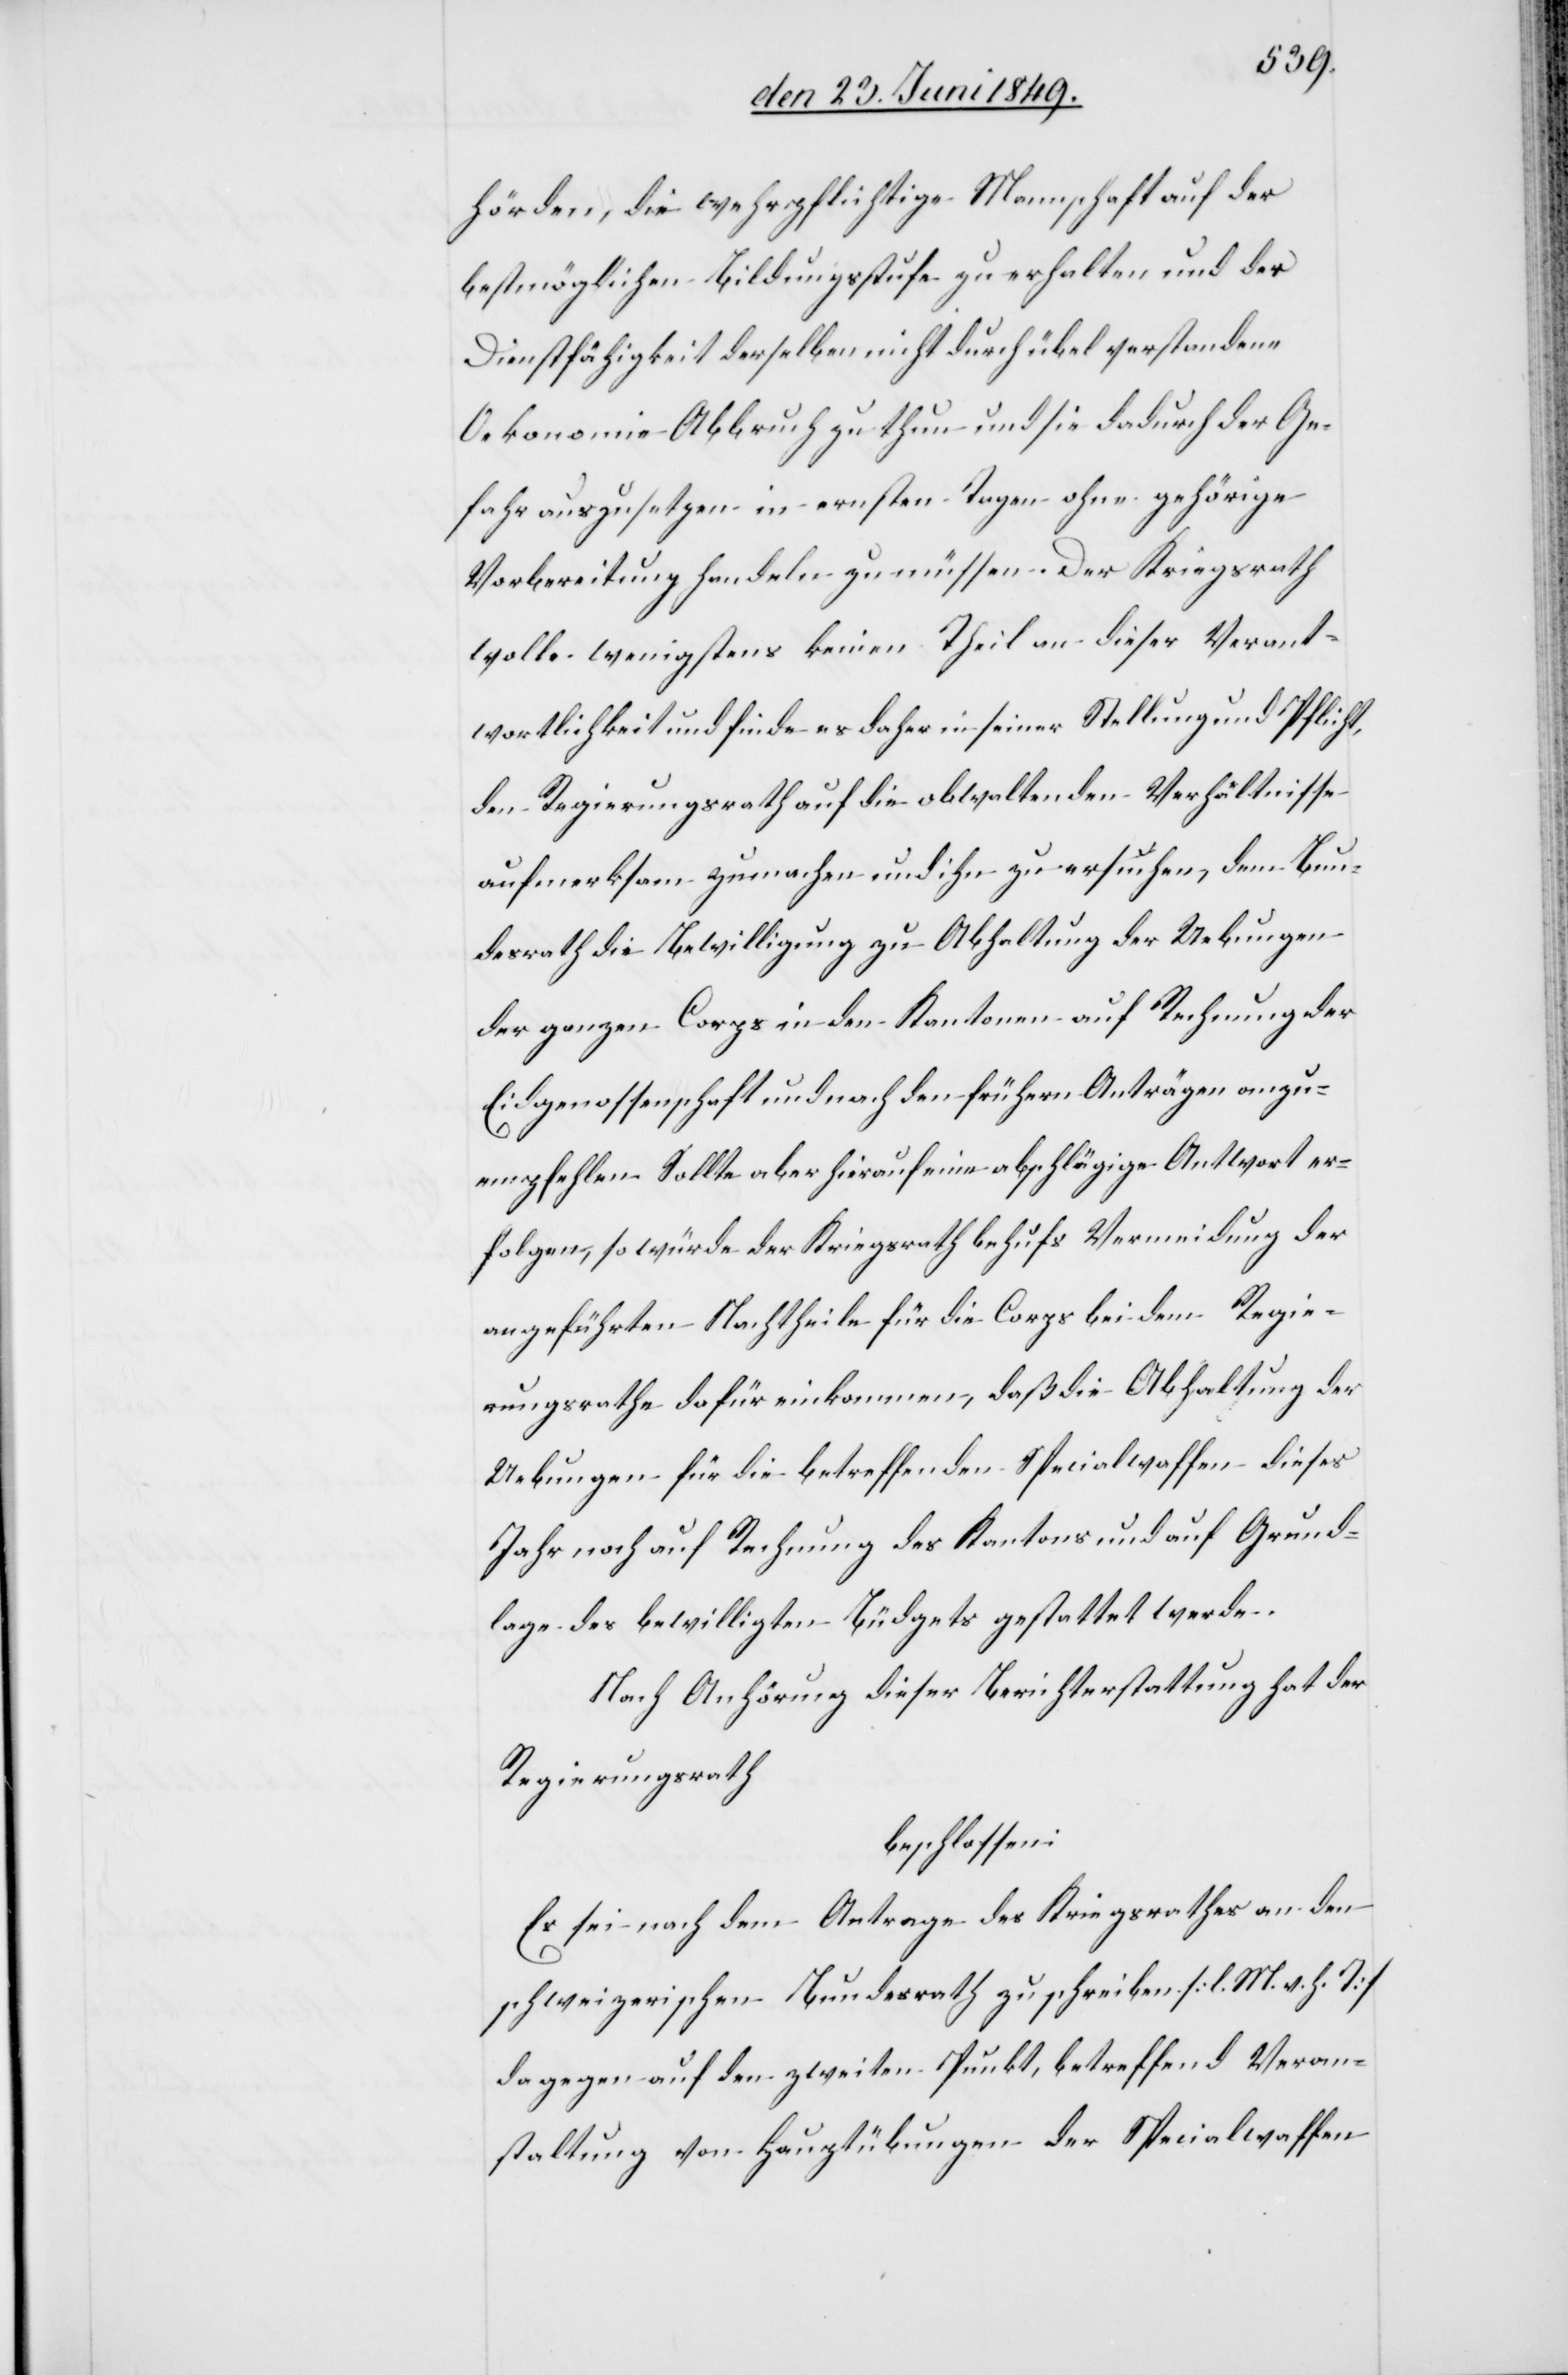
hörden, die wehrpflichtige Mannschaft auf der
bestmöglichen Bildungsstufe zu erhalten und der
Dienstfähigkeit derselben nicht durch übel verstandene
Oekonomie Abbruch zu thun und sie dadurch der Ge¬
fahr auszusetzen in ernsten Tagen ohne gehörige
Vorbereitung handeln zu müssen. Der Kriegsrath
wolle wenigstens keinen Theil an dieser Verant¬
wortlichkeit und finde es daher in seiner Stellung und Pflicht,
den Regierungsrath auf die obwaltenden Verhältnisse
aufmerksam zu machen und ihn zu ersuchen, dem Bun¬
desrath die Bewilligung zu Abhaltung der Uebungen
der ganzen Corps in den Kantonen auf Rechnung der
Eidgenossenschaft und nach den frühern Anträgen anzu¬
empfehlen. Sollte aber hierauf eine abschlägige Antwort er¬
folgen, so würde der Kriegsrath behufs Vermeidung der
angeführten Nachtheile für die Corps bei dem Regie¬
rungsrathe dafür einkommen, daß die Abhaltung der
Uebungen für die betreffenden Specialwaffen dieses
Jahr noch auf Rechnung des Kantons und auf Grund¬
lage des bewilligten Büdgets gestattet werde.
Nach Anhörung dieser Berichterstattung hat der
Regierungsrath
beschlossen:
Es sei nach dem Antrage des Kriegsrathes an den
schweizerischen Bundesrath zu schreiben [l. M. h. T]
dagegen auf den zweiten Punkt, betreffend Veran¬
staltung von Hauptübungen der Specialwaffen